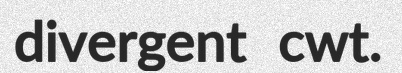
divergent cwt.